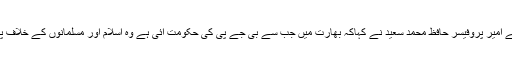
جماعةالدعوة پاکستان کے امیر پروفیسر حافظ محمد سعید نے کہاکہ بھارت میں جب سے بی جے پی کی حکومت آئی ہے وہ اسلام اور مسلمانوں کے خلاف پالسیوں پر عمل پیرا ہے۔